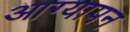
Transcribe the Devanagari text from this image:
आग्यापन